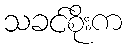
သခင်စိုးက